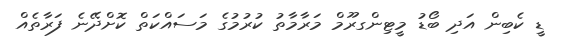
ޑީ ކެބިން އަދި ބޯޑު މީޓިންގރޫމް މަރާމާތު ކުރުމުގެ މަސައްކަތް ކޮށްދޭނެ ފަރާތެއް